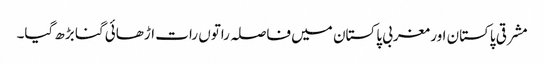
مشرقی پاکستان اور مغربی پاکستان میں فاصلہ راتوں رات اڑھائی گنا بڑھ گیا۔